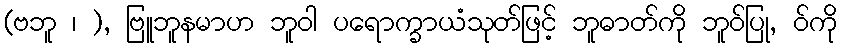
(ဗဘူ ၊ ), ဗြူဘူနမာဟ ဘူဝါ ပရောက္ခာယံသုတ်ဖြင့် ဘူဓာတ်ကို ဘူဝ်ပြု, ဝ်ကို